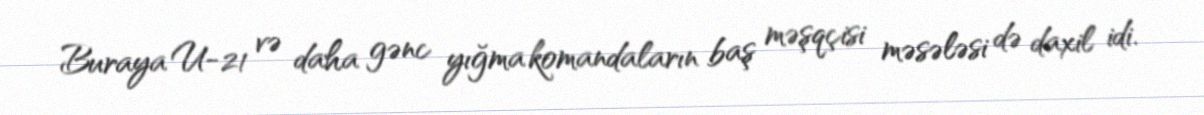
Buraya U-21 və daha gənc yığma komandaların baş məşqçisi məsələsi də daxil idi.